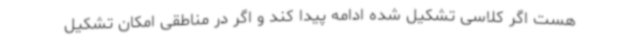
هست اگر کلاسی تشکیل شده ادامه پیدا کند و اگر در مناطقی امکان تشکیل